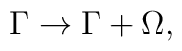
\Gamma\rightarrow \Gamma+\Omega ,